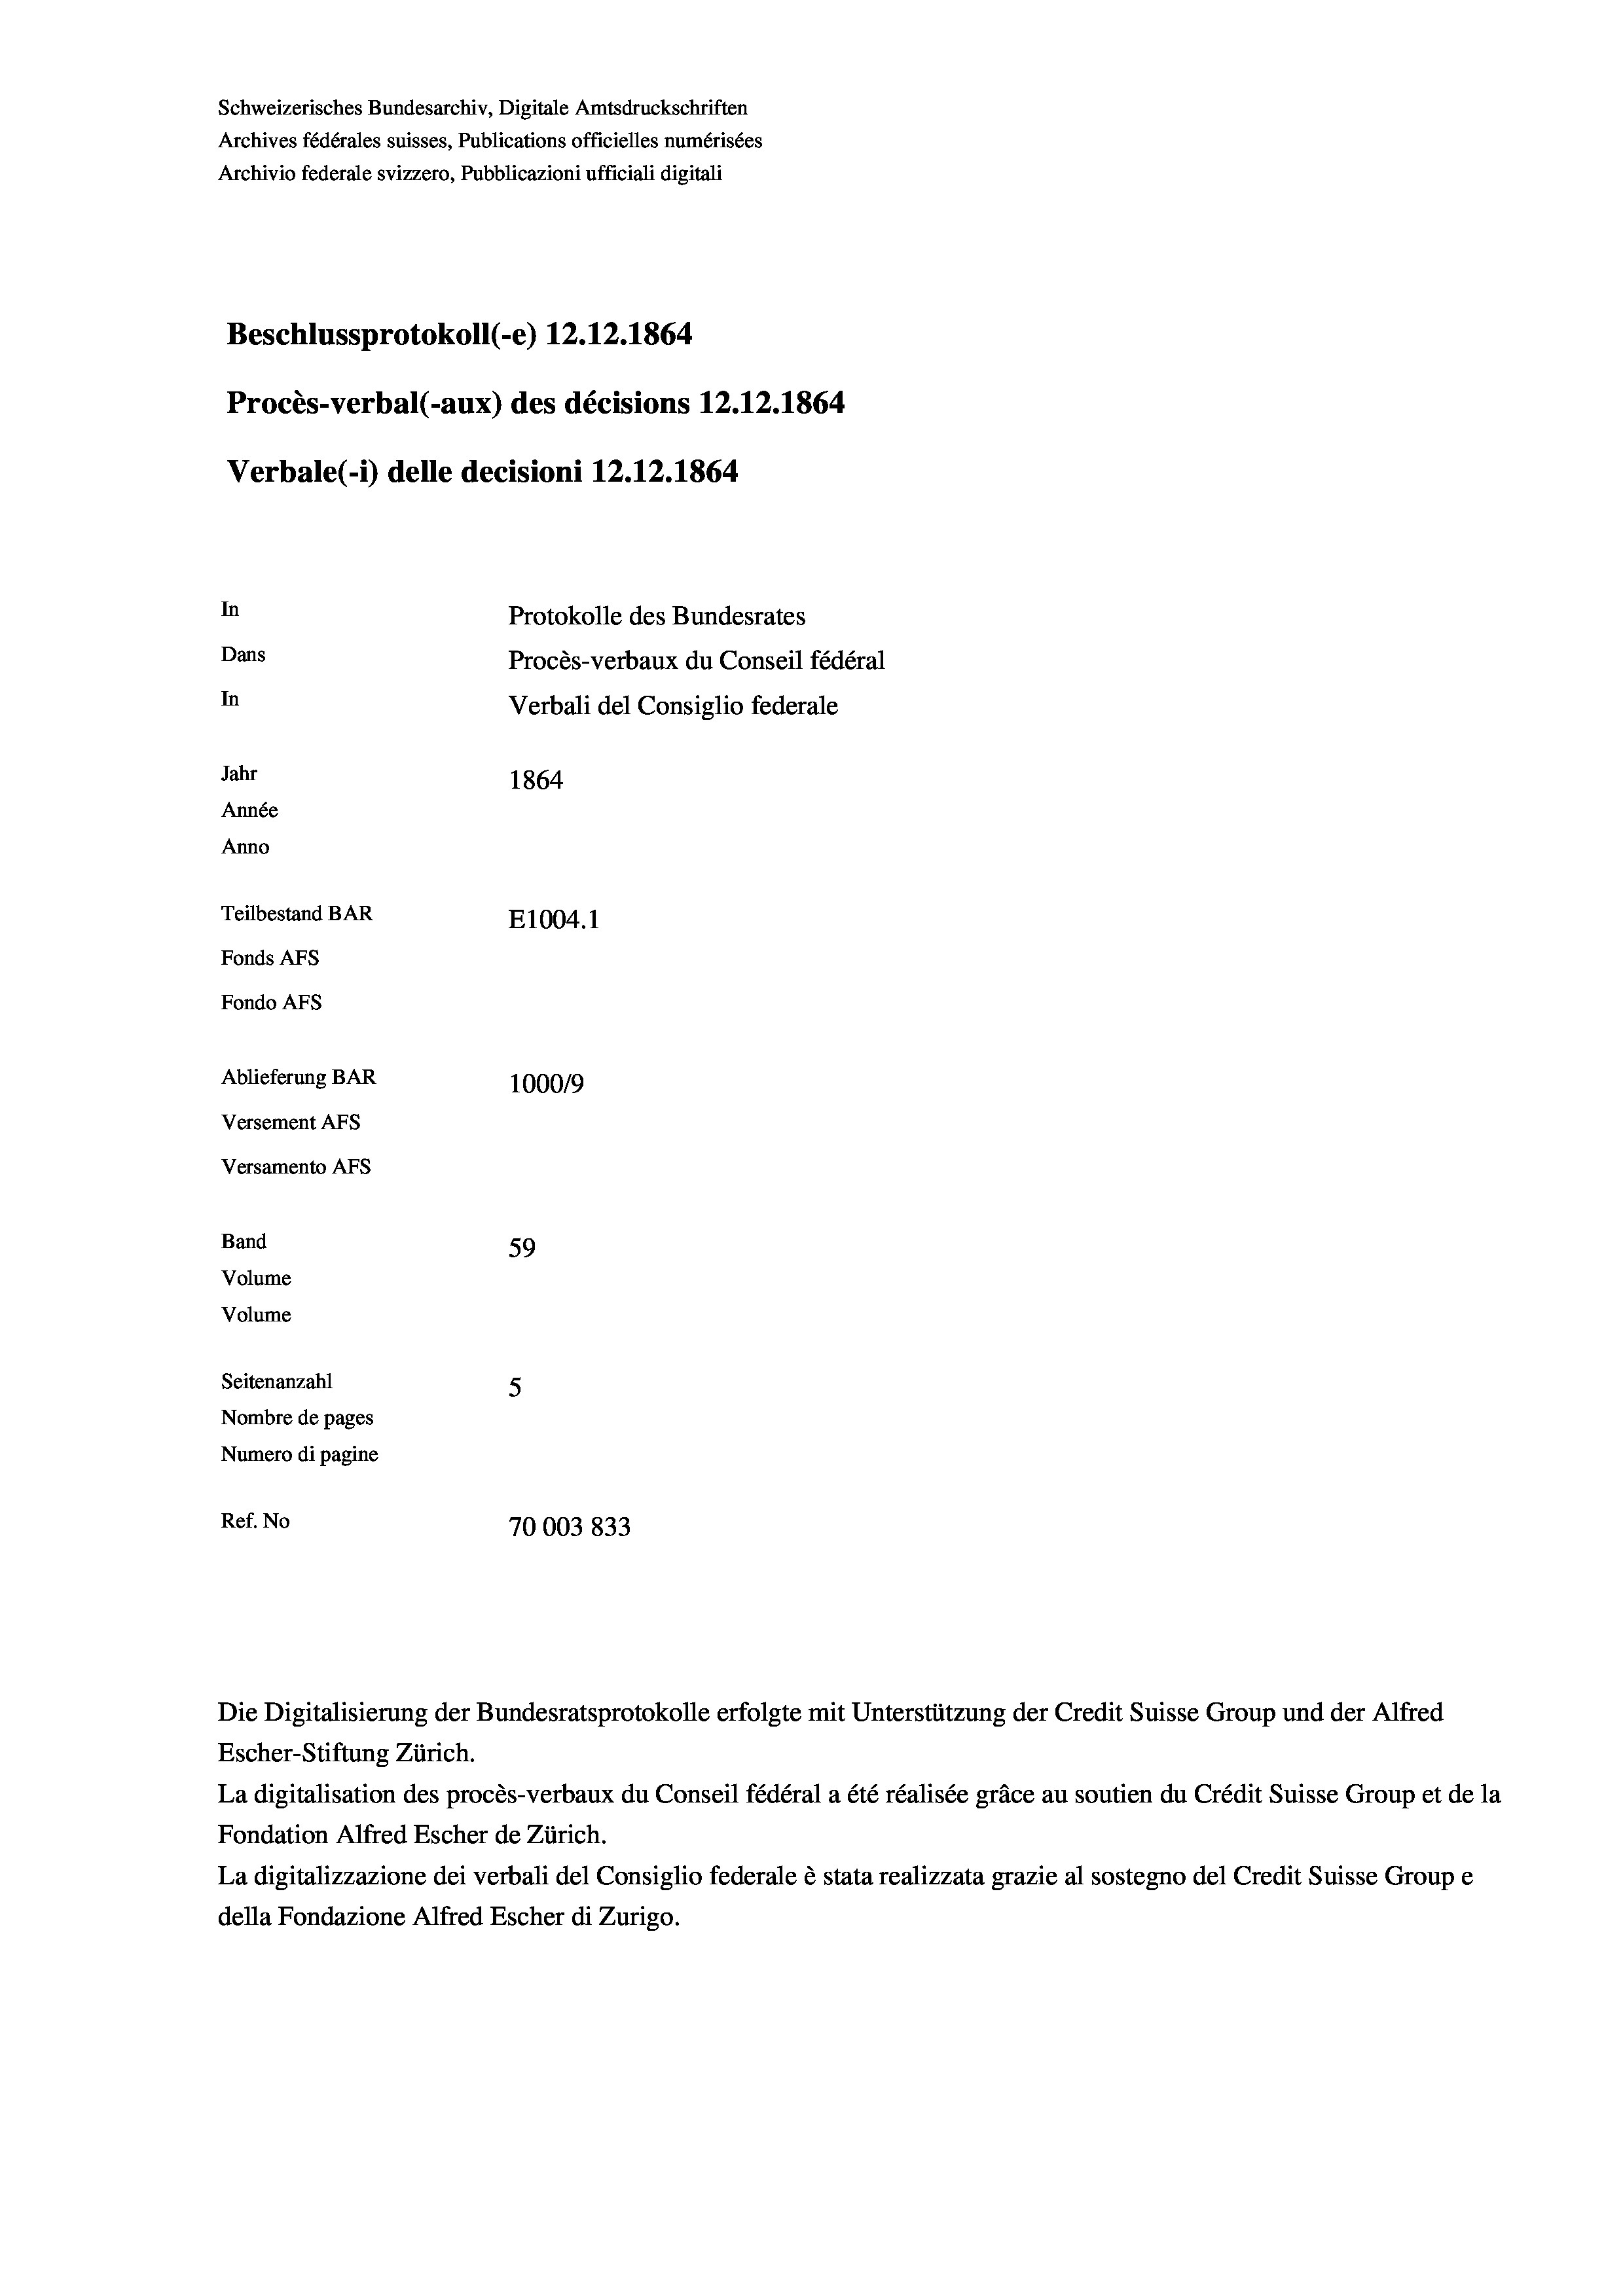
Schweizerisches Bundesarchiv, Digitale Amtsdruckschriften
Archives fédérales suisses, Publications officielles numérisées
Archivio federale svizzero, Pubblicazioni ufficiali digitali
Beschlussprotokoll (-e) 12.12.1864
Procès-verbal (-aux) des décisions 12.12.1864
Verbale (i) delle decisioni 12.12.1864
In
Protokolle des Bundesrates
Dans
Procès-verbaux du Conseil fédéral
In
Verbali del Consiglio federale
Jahr
1864
Année
Anno
Teilbestand BAR
E1004. 1
Fonds Afs
Fondo Afs
Ablieferung BAR
100019
Versement AFS
Versamento Afs

59
Seitenanzahl
5
Nombre de pages
Numero di pagine
Ref. No
70003833

Band
Volume
Volume

Escher-Stiftung Zürich.
La digitalisation des procès-verbaux du Conseil fédéral a été réalisée gräce au soutien du Crédit Suisse Group et de la
Fondation Alfred Escher de Zürich.
La digitalizzazione dei verbali del Consiglio federale è stata realizzata grazie al sostegno del Credit Suisse Groupe
della Fondazione Alfred Escher di Zurigo.

Die Digitalisierung der Bundesratsprotokolle erfolgte mit Unterstützung der Credit Suisse Group und der Alfred